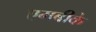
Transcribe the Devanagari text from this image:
एमबीके